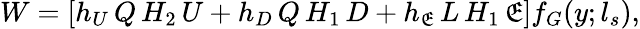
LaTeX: W=\left[h_{U}\, Q\, H_{2}\, U+h_{D}\, Q\, H_{1}\, D+h_{\mathfrak{E}}\, L\, H_{1}\, \mathfrak{E}\right]f_{G}(y;l_{s}),